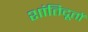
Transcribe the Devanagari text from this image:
शांतिदूतों